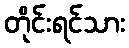
တိုင်းရင်သား